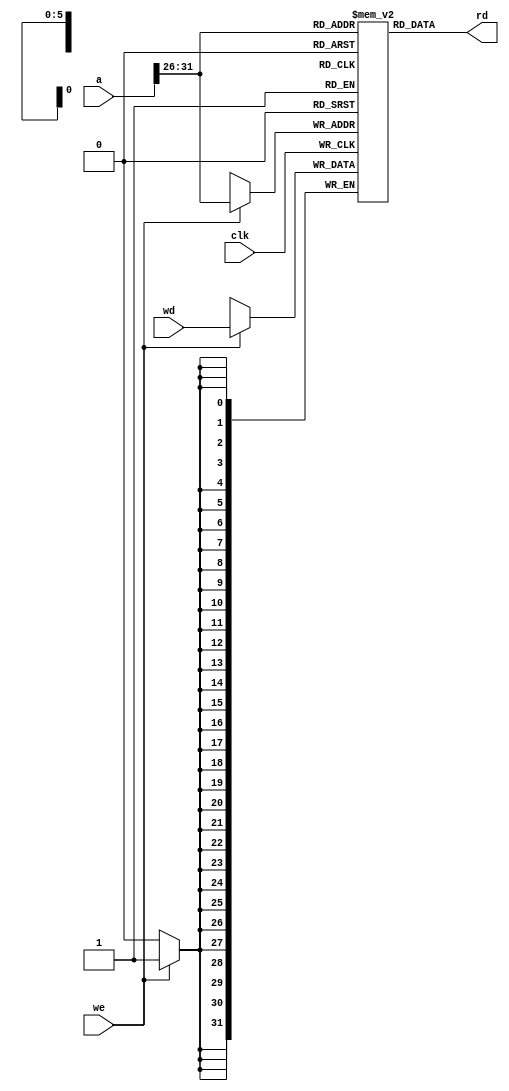
`timescale 1ns / 1ps

//data memory: 
module DM(clk, we, a, wd, rd);
  input clk, we;
  input [31:0] a, wd;  //aluresult, writedata
  output [31:0] rd;
  
  reg [31:0] RAM[63:0];
  
  assign rd = RAM[a[31:26]];  //readdata
  
  always @(posedge clk) begin
    if(we)  RAM[a[31:26]] <= wd;
  end
endmodule